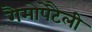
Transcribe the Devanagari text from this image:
गैमोपेटैली